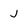
Character: j